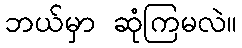
ဘယ်မှာ ဆုံကြမလဲ။